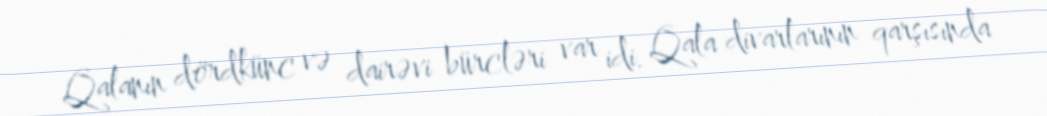
Qalanın dördkünc və dairəvi bürcləri var idi. Qala divarlarının qarşısında